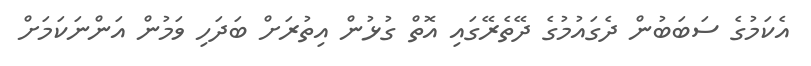
އެކަމުގެ ސަބަބުން ދެގައުމުގެ ދޭތެރޭގައި އޮތް ގުޅުން އިތުރަށް ބަދަހި ވަމުން އަންނަކަމަށް